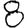
Digit: 8